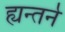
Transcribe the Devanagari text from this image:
ह्यन्तर्न